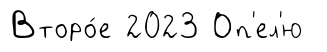
Второ́е 2023 Оп'ел'ю